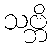
သဗ္ဘိ